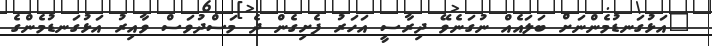
"އަޅުގަނޑުމެންނަށް ބަލައެއް ނުގަނެވޭ ދިރާސީ އަހަރު ފެށިގެން ދެ މަސްދުވަސް ވާއިރު އަޅުގަނޑުމެންގެ